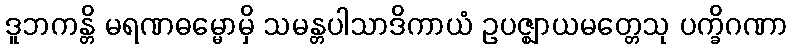
ဒူဘကန္တိ မရဏဓမ္မောမှိ သမန္တပါသာဒိကာယံ ဥပဇ္ဈာယမတ္တေသု ပက္ခိဂဏာ